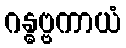
ဂန္ဓဗ္ဗကာယံ